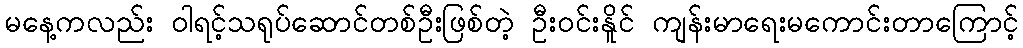
မနေ့ကလည်း ဝါရင့်သရုပ်ဆောင်တစ်ဦးဖြစ်တဲ့ ဦးဝင်းနိူင် ကျန်းမာရေးမကောင်းတာကြောင့်